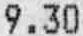
9.30